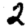
Digit: 2